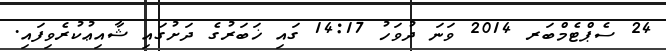
24 ސެޕްޓެމްބަރ 2014 ވަނަ ދުވަހު 14:17 ގައި ޚަބަރުގެ ދަށުގައި ޝާއިޢުކުރެވިފައި.